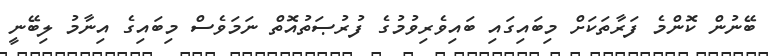
ބޭނުން ކޮންމެ ފަރާތަކަށް މިބައިގައި ބައިވެރިވުމުގެ ފުރުޞަތުއޮތް ނަމަވެސް މިބައިގެ އިނާމު ލިބޭނީ